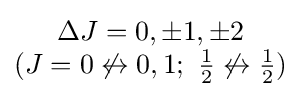
{\begin{matrix}\Delta J=0,\pm 1,\pm 2\\(J=0\not \leftrightarrow 0,1;\ {\begin{matrix}{1 \over 2}\end{matrix}}\not \leftrightarrow {\begin{matrix}{1 \over 2}\end{matrix}})\end{matrix}}